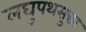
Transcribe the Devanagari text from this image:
लघुपथसुद्धा